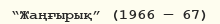
“Жаңғырық” (1966 — 67)